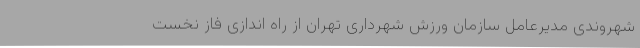
شهروندی مدیرعامل سازمان ورزش شهرداری تهران از راه اندازی فاز نخست